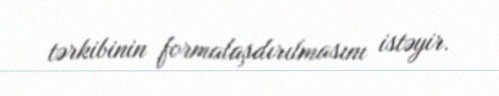
tərkibinin formalaşdırılmasını istəyir.